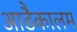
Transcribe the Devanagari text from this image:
आडैकालम